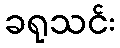
ခရုသင်း